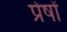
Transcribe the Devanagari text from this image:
प्रेषों